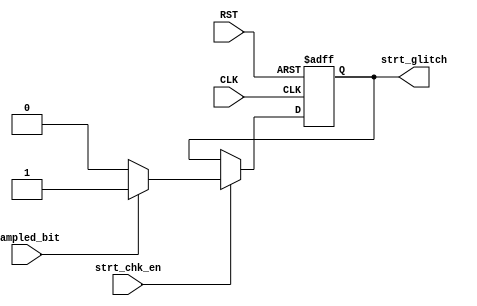
module start_check (
input 		wire 			CLK,
input 		wire 			RST,
input 		wire 			strt_chk_en,
input 		wire 			sampled_bit,
output		reg 			strt_glitch
);

always @(posedge CLK or negedge RST) 
begin

	if (!RST) begin
		strt_glitch <= 1'b0 ;	
	end

	else if (strt_chk_en) begin
		if (sampled_bit == 1'b0) begin //no glitch
			strt_glitch <= 1'b0 ;	
		end

		else begin //glitch
			strt_glitch <= 1'b1 ;
		end
	end

end

endmodule